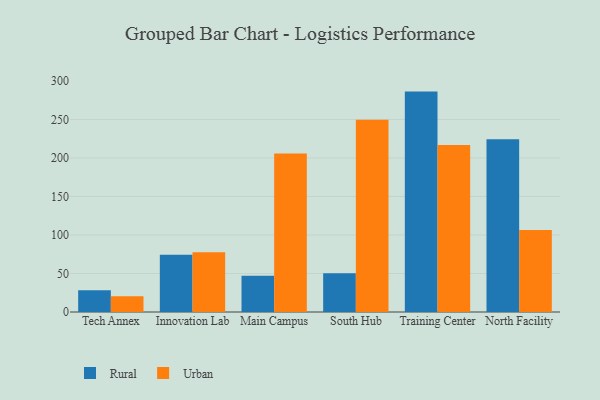
{"axis": {"x": "Campus", "y": "Latency (ms)"}, "legend": ["Rural", "Urban"], "data": [{"x": "Tech Annex", "y": 28.1, "type": "Rural"}, {"x": "Tech Annex", "y": 20.3, "type": "Urban"}, {"x": "Innovation Lab", "y": 74.2, "type": "Rural"}, {"x": "Innovation Lab", "y": 77.6, "type": "Urban"}, {"x": "Main Campus", "y": 47.2, "type": "Rural"}, {"x": "Main Campus", "y": 205.8, "type": "Urban"}, {"x": "South Hub", "y": 50.3, "type": "Rural"}, {"x": "South Hub", "y": 249.7, "type": "Urban"}, {"x": "Training Center", "y": 286.1, "type": "Rural"}, {"x": "Training Center", "y": 216.8, "type": "Urban"}, {"x": "North Facility", "y": 224.4, "type": "Rural"}, {"x": "North Facility", "y": 106.6, "type": "Urban"}]}